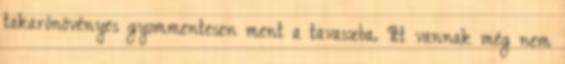
takarónövényes gyommentesen ment a tavaszba. Itt vannak még nem